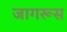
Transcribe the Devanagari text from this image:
जागरूस